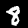
Label: 8